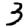
Digit: 3